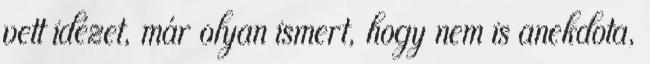
vett idézet, már olyan ismert, hogy nem is anekdota,